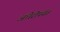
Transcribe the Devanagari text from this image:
अंधेरीपर्यंत